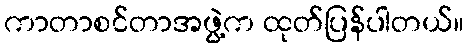
ကာတာစင်တာအဖွဲ့က ထုတ်ပြန်ပါတယ်။